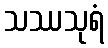
သဿသုရံ